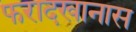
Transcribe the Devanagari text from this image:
फरादखानास